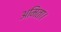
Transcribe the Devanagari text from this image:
अमिता।